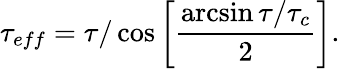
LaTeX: \tau_{eff}=\tau/\cos\left[\frac{\arcsin\tau/\tau_{c}}{2}\right].